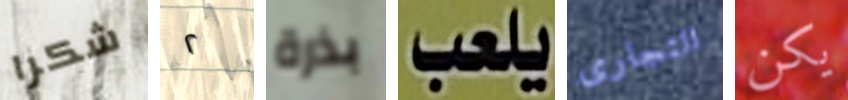
شكرا ٢ بذرة يلعب التجارى يكن